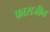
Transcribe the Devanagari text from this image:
फासजीन